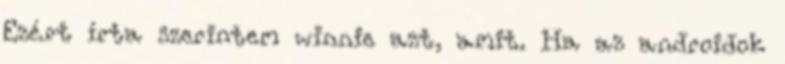
Ezért írta szerintem winnie azt, amit. Ha az androidok